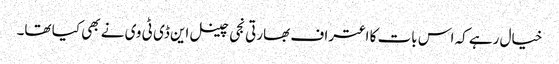
خیال رہے کہ اس بات کا اعتراف بھارتی نجی چینل این ڈی ٹی وی نے بھی کیا تھا۔